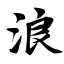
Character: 浪